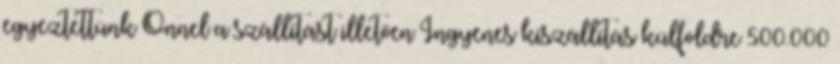
egyeztettünk Önnel a szállítást illetően Ingyenes kiszállítás külföldre 500.000